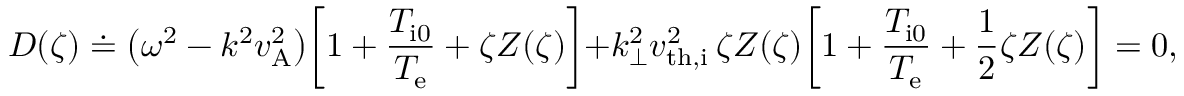
D ( \zeta ) \doteq \bigl ( \omega ^ { 2 } - k ^ { 2 } v _ { \mathrm { A } } ^ { 2 } \bigr ) \biggl [ 1 + \frac { T _ { \mathrm { i 0 } } } { T _ { \mathrm { e } } } + \zeta Z ( \zeta ) \biggl ] + k _ { \perp } ^ { 2 } v _ { \mathrm { t h , i } } ^ { 2 } \, \zeta Z ( \zeta ) \biggl [ 1 + \frac { T _ { \mathrm { i 0 } } } { T _ { \mathrm { e } } } + \frac { 1 } { 2 } \zeta Z ( \zeta ) \biggr ] = 0 ,